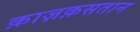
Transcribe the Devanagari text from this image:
क़ाज़क़सतान